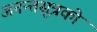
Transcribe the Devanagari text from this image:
अनन्तसूत्रको